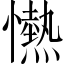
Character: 𢤢